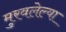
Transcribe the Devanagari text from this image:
मुरवलेल्या